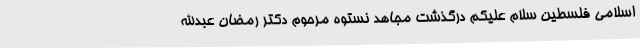
اسلامی فلسطین سلام علیکم درگذشت مجاهد نستوه مرحوم دکتر رمضان عبدالله